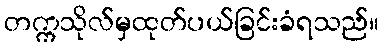
တက္ကသိုလ်မှထုတ်ပယ်ခြင်းခံရသည်။